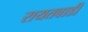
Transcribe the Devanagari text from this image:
रायतवाडी